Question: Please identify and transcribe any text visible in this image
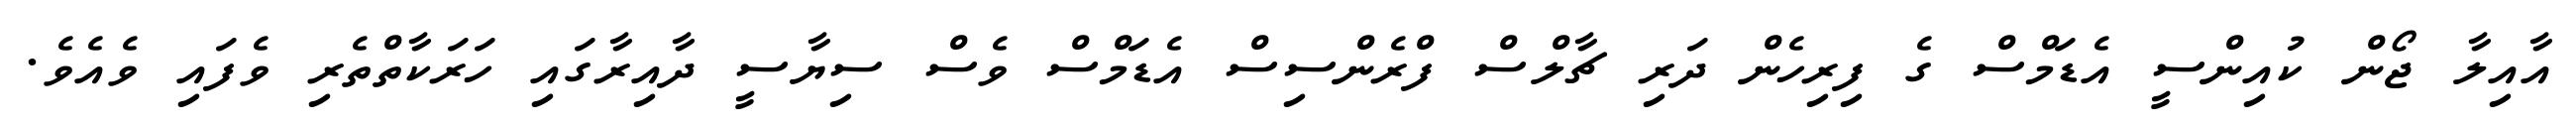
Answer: އާއިލާ ޖޯން ކުއިންސީ އެޑަމްސް ގެ ފިރިހެން ދަރި ޗާލްސް ފްރެންސިސް އެޑަމްސް ވެސް ސިޔާސީ ދާއިރާގައި ހަރަކާތްތެރި ވެފައި ވެއެވެ.